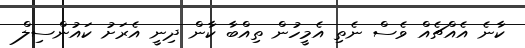
ކާނެ އެއްޗެއް ވެސް ނެތި އެމީހުން ތިއްބާ ކާން ދިނީ އެރަށު ކައުންސިލް